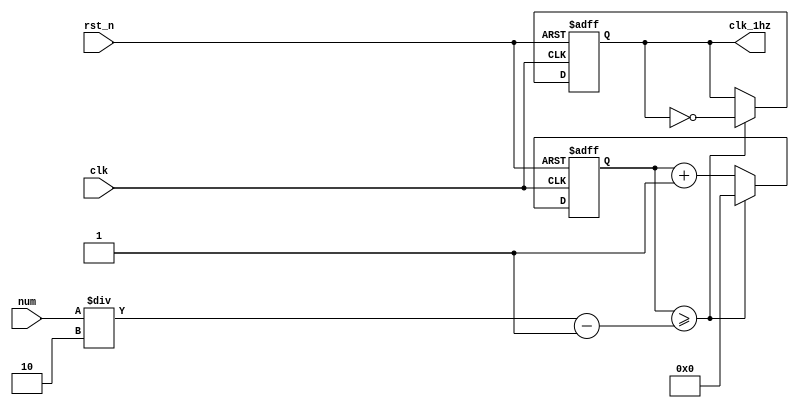
module nco (	clk_1hz,
		num,
		clk,
		rst_n);

output		clk_1hz	;	// 1Hz CLK

input	[31:0]	num	;	//50Mhz CLK
input		clk	;
input		rst_n	;

reg	[31:0]	cnt	;
reg		clk_1hz	;

always	@(posedge clk or negedge rst_n) begin
		if(rst_n == 1'b0) begin
			cnt	<=	32'd0	;
			clk_1hz	<=	1'd0	;
		end else begin
			if(cnt >= num/2-1) begin
				cnt	<= 32'd0	;
				clk_1hz	<= ~clk_1hz	;
			end else begin
				cnt	<= cnt + 1'b1	;
			end
		end
end

endmodule
module top_cnt(	out,
		num,
		clk,
		rst_n);

output	[5:0]	out	;

input	[31:0]	num	;
input		clk	;
input		rst_n	;

wire		clk_1hz	;

nco	u_nco(	.clk_1hz	( clk_1hz	),
		.num		( num		),
		.clk		( clk		),
		.rst_n		( rst_n		));

cnt6	u_cnt6(	.out		( out		),
		.clk		( clk_1hz	),
		.rst_n		( rst_n		));

endmodule